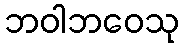
ဘဝါဘဝေသု